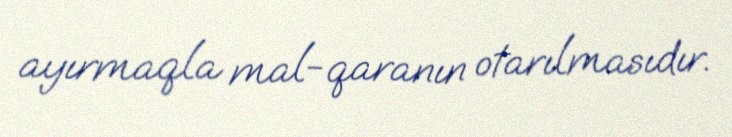
ayırmaqla mal-qaranın otarılmasıdır.